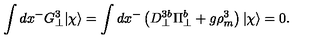
\int d x ^ { - } G _ { \bot } ^ { 3 } | \chi \rangle = \int d x ^ { - } \left( D _ { \bot } ^ { 3 b } \Pi _ { \bot } ^ { b } + g \rho _ { m } ^ { 3 } \right) | \chi \rangle = 0 .